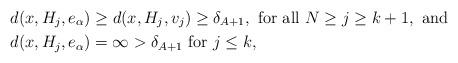
LaTeX: \begin{align*} & d(x, H_j, e_\alpha) \ge d(x, H_j, v_j) \ge \delta_{A+1}, \mbox{ for all } N \ge j \ge k+1, \mbox{ and } \\ & d(x,H_j, e_\alpha) = \infty > \delta_{A+1} \mbox{ for } j \le k, \end{align*}